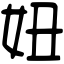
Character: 妞